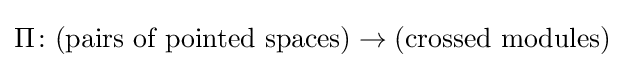
\Pi \colon ({\text{pairs of pointed spaces}})\rightarrow ({\text{crossed modules}})